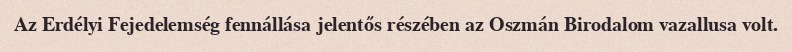
Az Erdélyi Fejedelemség fennállása jelentős részében az Oszmán Birodalom vazallusa volt.